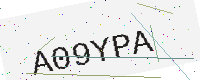
Text: A09YPA